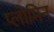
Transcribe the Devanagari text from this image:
प्लोमिन